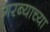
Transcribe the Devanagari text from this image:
गरब्याच्या